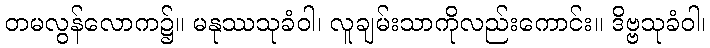
တမလွန်လောက၌။ မနုဿသုခံဝါ၊ လူချမ်းသာကိုလည်းကောင်း။ ဒိဗ္ဗသုခံဝါ၊